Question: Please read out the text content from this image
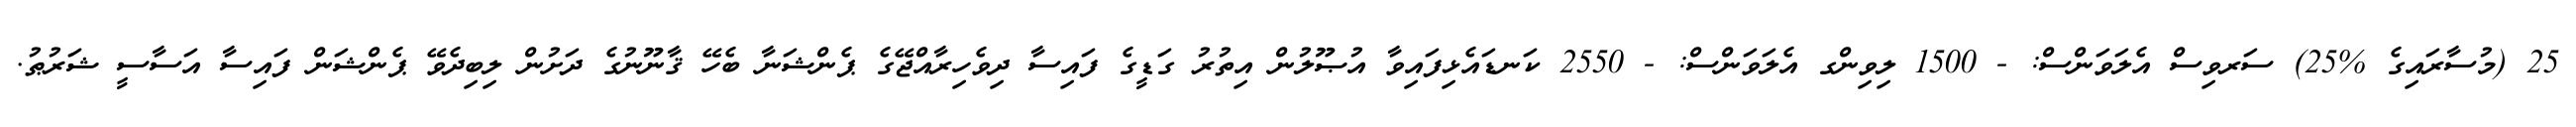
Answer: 25 (މުސާރައިގެ %25) ސަރވިސް އެލަވަންސް: - 1500 ލިވިންގ އެލަވަންސް: - 2550 ކަނޑައެޅިފައިވާ އުޞޫލުން އިތުރު ގަޑީގެ ފައިސާ ދިވެހިރާއްޖޭގެ ޕެންޝަނާ ބެހޭ ޤާނޫނުގެ ދަށުން ލިބިދެވޭ ޕެންޝަން ފައިސާ އަސާސީ ޝަރުޠު.